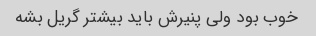
خوب بود ولی پنیرش باید بیشتر گریل بشه